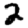
Digit: 2